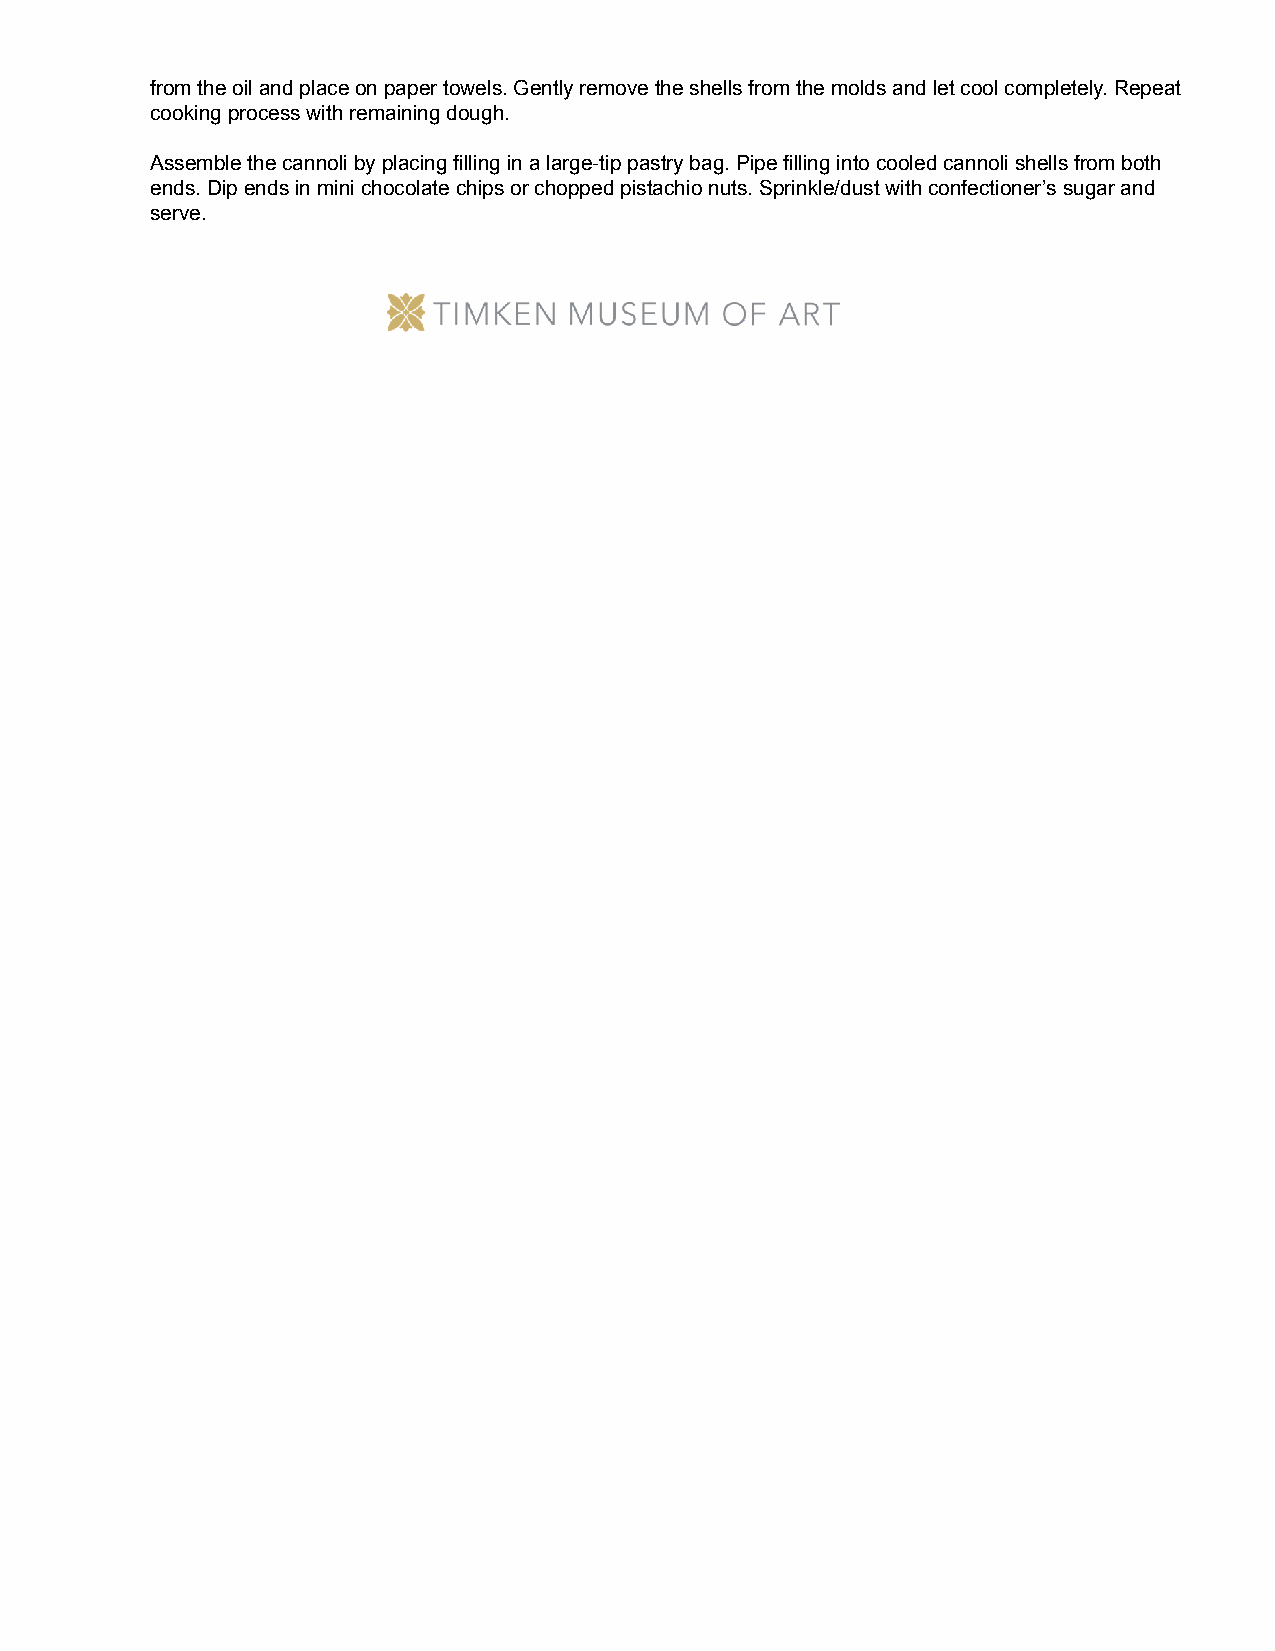
from the oil and place on paper towels. Gently remove the shells from the molds and let cool completely. Repeat
 cooking process with remaining dough.
 Assemble the cannoli by placing filling in a large-tip pastry bag. Pipe filling into cooled cannoli shells from both
 ends. Dip ends in mini chocolate chips or chopped pistachio nuts. Sprinkle/dust with confectioner’s sugar and
 serve.